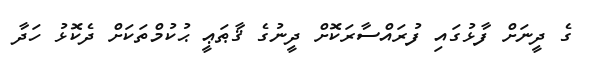
ގެ ދީނަށް ފާޅުގައި ފުރައްސާރަކޮށް ދީނުގެ ޤާޠަޢީ ޙުކުމްތަކަށް ދެކޮޅު ހަދާ